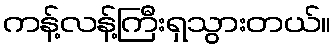
ကန့်လန့်ကြီးရှသွားတယ်။